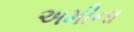
અમીના